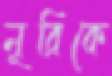
নূরিকে